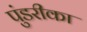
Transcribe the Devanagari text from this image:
पुंडरीका